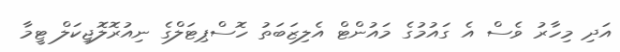
އަދި މިހާރު ވެސް އެ ގައުމުގެ މައުންޓް އެލިޒަބަތު ހޮސްޕިޓަލްގެ ނިއުރޮލޮޖިކަލް ޓީމާ